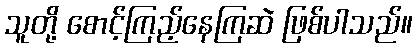
သူတို့ စောင့်ကြည့်နေကြဆဲ ဖြစ်ပါသည်။